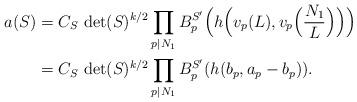
LaTeX: \begin{align*} a(S)&=C_{S}\,\det(S)^{k/2}\prod\limits_{p|N_1}B_p^{S'}\Big(h\Big(v_p(L),v_p\Big(\frac{N_1}{L}\Big)\Big)\Big)\\ &=C_{S}\,\det(S)^{k/2}\prod\limits_{p|N_1}B_p^{S'}(h(b_p,a_p-b_p)).\end{align*}